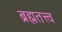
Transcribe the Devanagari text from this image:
ब्रह्मतत्त्व